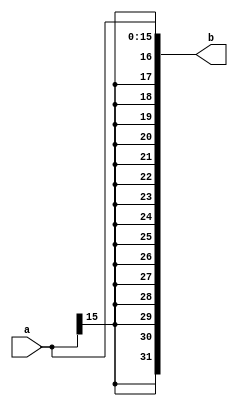
module sign_extend (
  input  [15:0] a,
  output [31:0] b);

buf (b[31], a[15]);
buf (b[30], a[15]);
buf (b[29], a[15]);
buf (b[28], a[15]);
buf (b[27], a[15]);
buf (b[26], a[15]);
buf (b[25], a[15]);
buf (b[24], a[15]);
buf (b[23], a[15]);
buf (b[22], a[15]);
buf (b[21], a[15]);
buf (b[20], a[15]);
buf (b[19], a[15]);
buf (b[18], a[15]);
buf (b[17], a[15]);
buf (b[16], a[15]);
buf (b[15], a[15]);
buf (b[14], a[14]);
buf (b[13], a[13]);
buf (b[12], a[12]);
buf (b[11], a[11]);
buf (b[10], a[10]);
buf (b[9 ], a[9 ]);
buf (b[8 ], a[8 ]);
buf (b[7 ], a[7 ]);
buf (b[6 ], a[6 ]);
buf (b[5 ], a[5 ]);
buf (b[4 ], a[4 ]);
buf (b[3 ], a[3 ]);
buf (b[2 ], a[2 ]);
buf (b[1 ], a[1 ]);
buf (b[0 ], a[0 ]);

endmodule